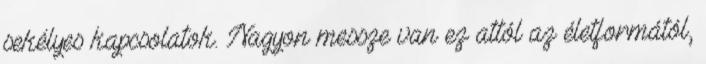
sekélyes kapcsolatok. Nagyon messze van ez attól az életformától,